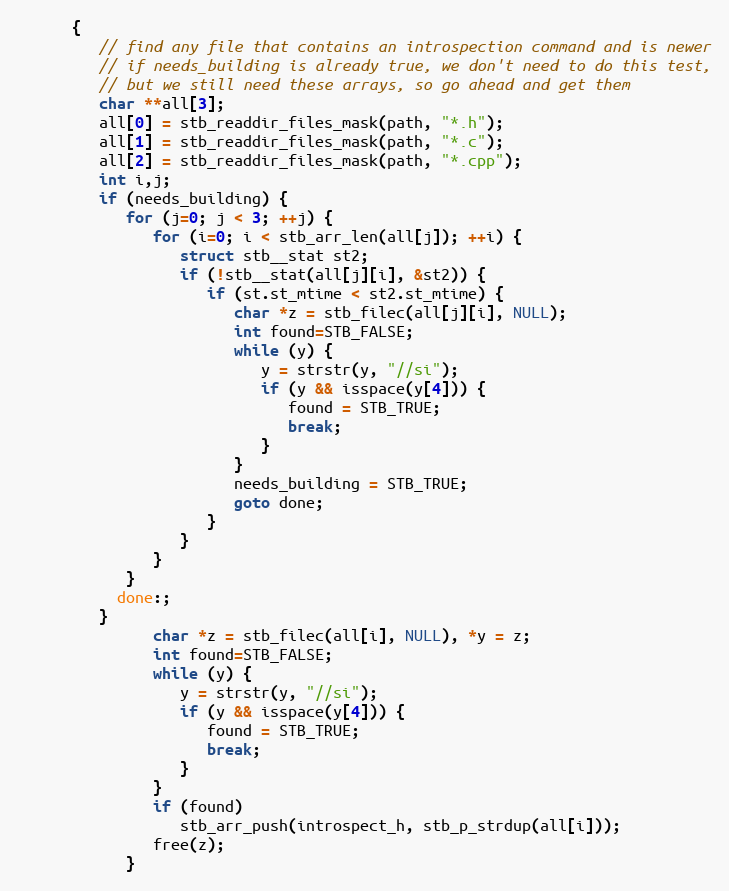
Language: C
      {
         // find any file that contains an introspection command and is newer
         // if needs_building is already true, we don't need to do this test,
         // but we still need these arrays, so go ahead and get them
         char **all[3];
         all[0] = stb_readdir_files_mask(path, "*.h");
         all[1] = stb_readdir_files_mask(path, "*.c");
         all[2] = stb_readdir_files_mask(path, "*.cpp");
         int i,j;
         if (needs_building) {
            for (j=0; j < 3; ++j) {
               for (i=0; i < stb_arr_len(all[j]); ++i) {
                  struct stb__stat st2;
                  if (!stb__stat(all[j][i], &st2)) {
                     if (st.st_mtime < st2.st_mtime) {
                        char *z = stb_filec(all[j][i], NULL);
                        int found=STB_FALSE;
                        while (y) {
                           y = strstr(y, "//si");
                           if (y && isspace(y[4])) {
                              found = STB_TRUE;
                              break;
                           }
                        }
                        needs_building = STB_TRUE;
                        goto done;
                     }
                  }
               }
            }
           done:;
         }
               char *z = stb_filec(all[i], NULL), *y = z;
               int found=STB_FALSE;
               while (y) {
                  y = strstr(y, "//si");
                  if (y && isspace(y[4])) {
                     found = STB_TRUE;
                     break;
                  }
               }
               if (found)
                  stb_arr_push(introspect_h, stb_p_strdup(all[i]));
               free(z);
            }